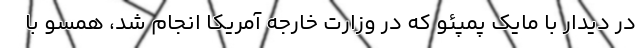
در دیدار با مایک پمپئو که در وزارت خارجه آمریکا انجام شد، همسو با